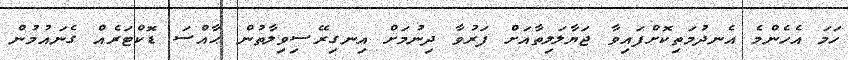
ހަމަ އެހެންމެ އެނދުމަތިކޮށްފައިވާ ޖަޔާލަލިތާއަށް ފަރުވާ ދިނުމަށް އިނގިރޭސިވިލާތުން ޙާއްސަ ޑޮކްޓަރެއް ގެނައުމުން